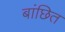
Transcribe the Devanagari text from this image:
बांछित